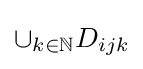
\cup _{k\in \mathbb {N} }D_{ijk}